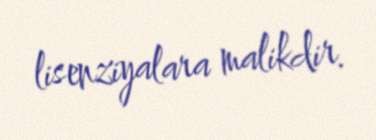
lisenziyalara malikdir.